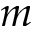
m